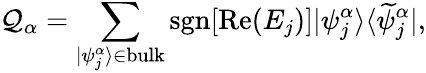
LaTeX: {\cal Q}_{\alpha}=\sum_{|\psi_{j}^{\alpha}\rangle\in\mathrm{bulk}}\mathrm{sgn}[\mathrm{Re}(E_{j})]|\psi_{j}^{\alpha}\rangle\langle\widetilde{\psi}_{j}^{\alpha}|,